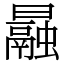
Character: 曧